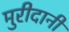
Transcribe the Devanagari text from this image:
मुरीदानी